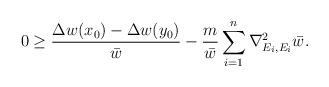
LaTeX: \begin{align*} 0 \geq \frac{\Delta w(x_0) - \Delta w(y_0)}{\bar{w}} - \frac{m}{\bar{w}} \sum_{i=1}^n \nabla^2_{E_i, E_i} \bar{w}.\end{align*}